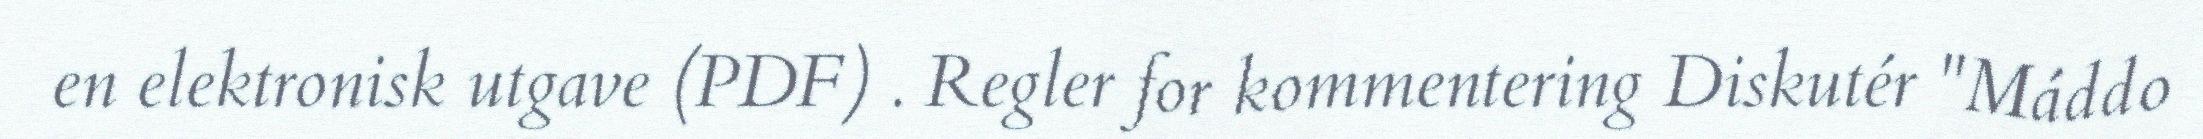
en elektronisk utgave (PDF) . Regler for kommentering Diskutér "Máddo